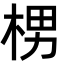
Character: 㭷